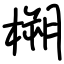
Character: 㮶